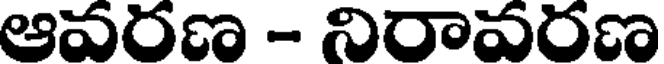
ఆవరణ - నిరావరణ